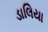
ડાલિયા